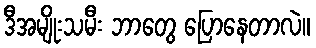
ဒီအမျိုးသမီး ဘာတွေ ပြောနေတာလဲ။